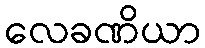
လေခဏိယာ